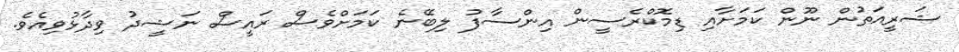
ޝަރީއަތުން ނޫން ކަމަށާއި ޑިމޮކްރެސީން އިންސާފު ލިބޭނެ ކަމަށްވެސް ރައީސް ނަޝީދު ވިދާޅުވިއެވެ.